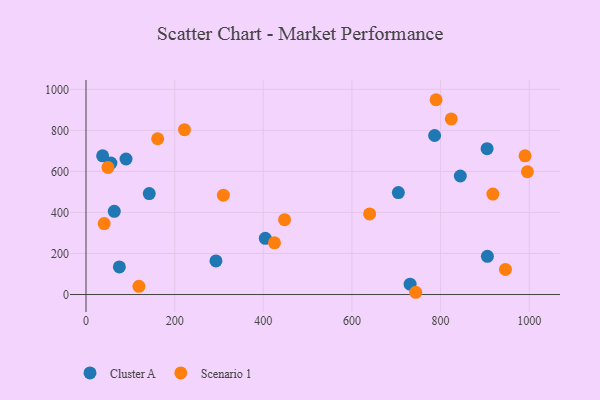
{"axis": {"x": "Engine Size", "y": "Exam Score"}, "legend": ["Cluster A", "Scenario 1"], "data": [{"x": "844.5", "y": 577.5, "type": "Cluster A"}, {"x": "704.7", "y": 496.9, "type": "Cluster A"}, {"x": "404.5", "y": 274.1, "type": "Cluster A"}, {"x": "63.8", "y": 405.6, "type": "Cluster A"}, {"x": "904.9", "y": 711.0, "type": "Cluster A"}, {"x": "142.7", "y": 492.1, "type": "Cluster A"}, {"x": "293.2", "y": 163.7, "type": "Cluster A"}, {"x": "905.6", "y": 186.3, "type": "Cluster A"}, {"x": "731.2", "y": 50.7, "type": "Cluster A"}, {"x": "37.5", "y": 675.9, "type": "Cluster A"}, {"x": "75.3", "y": 134.7, "type": "Cluster A"}, {"x": "90.3", "y": 660.5, "type": "Cluster A"}, {"x": "786.5", "y": 775.0, "type": "Cluster A"}, {"x": "56.2", "y": 640.7, "type": "Cluster A"}, {"x": "946.3", "y": 122.3, "type": "Scenario 1"}, {"x": "639.9", "y": 392.8, "type": "Scenario 1"}, {"x": "161.7", "y": 759.2, "type": "Scenario 1"}, {"x": "824.1", "y": 855.7, "type": "Scenario 1"}, {"x": "789.8", "y": 949.3, "type": "Scenario 1"}, {"x": "743.9", "y": 11.0, "type": "Scenario 1"}, {"x": "448.0", "y": 364.6, "type": "Scenario 1"}, {"x": "309.9", "y": 484.3, "type": "Scenario 1"}, {"x": "49.5", "y": 619.4, "type": "Scenario 1"}, {"x": "995.8", "y": 598.4, "type": "Scenario 1"}, {"x": "222.2", "y": 803.4, "type": "Scenario 1"}, {"x": "918.0", "y": 489.6, "type": "Scenario 1"}, {"x": "119.4", "y": 40.2, "type": "Scenario 1"}, {"x": "425.2", "y": 252.0, "type": "Scenario 1"}, {"x": "990.5", "y": 676.0, "type": "Scenario 1"}, {"x": "41.0", "y": 345.6, "type": "Scenario 1"}]}